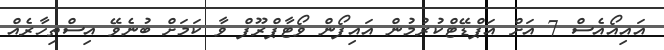
އައިއޯއެސް 7 އަށް އަޕްޑޭޓްކުރުމުން އައިފޯން ވޯޓާޕްރޫފް ވާ ކަމަށް ބުނެވޭ އިސްތިހާރެއް